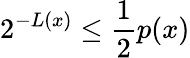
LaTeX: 2^{-L(x)}\leq{\frac{1}{2}}p(x)